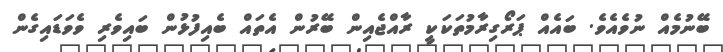
ބޭނުމެއް ނުވެއެވެ. ބައެއް ޕަރޯގިރާމުތަކަކީ ރާއްޖެއިން ބޭރުން އެތައް ބެއިފުޅުން ބައިވެރި ވެވަޑައިގެން